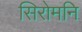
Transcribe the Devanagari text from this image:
सिरोमनि